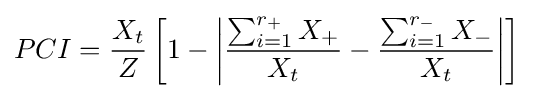
PCI={\frac {X_{t}}{Z}}\left[1-\left|{\frac {\sum _{i=1}^{r_{+}}X_{+}}{X_{t}}}-{\frac {\sum _{i=1}^{r_{-}}X_{-}}{X_{t}}}\right|\right]